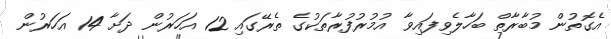
އެގޮތުން މުބާރާތް ބަހާލެވިފައިވާ އުމުރުފުރާތަކުގެ ތެރޭގައި 12 އަހަރުން ދަށާ 14 އަހަރުން